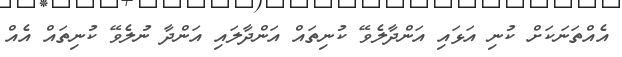
އެއްތަނަކަށް ކުނި އަޅައި އަންދާލެވޭ ކުނިތައް އަންދާލައި އަންދާ ނުލެވޭ ކުނިތައް އެއް